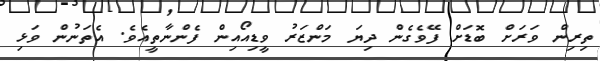
ތިރިން ވަރަށް ބޮޑަށް ފޭވެގެން ދިޔަ މަންޒަރު ވީޑިއޯއިން ފެންނާތީއެވެ. އެތަނުން ވަޅި